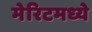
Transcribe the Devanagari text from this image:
मेरिटमध्ये